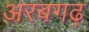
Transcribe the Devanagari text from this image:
अरबगढ़